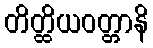
တိတ္ထိယဝတ္တာနိ